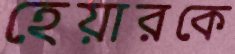
হেয়ারকে